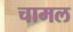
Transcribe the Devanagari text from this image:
चामल